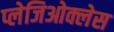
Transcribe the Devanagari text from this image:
प्लेजिओक्लेस